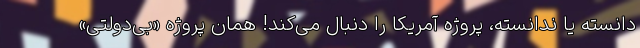
دانسته یا ندانسته، پروژه آمریکا را دنبال می‌کند! همان پروژه «بی‌دولتی»